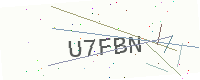
Text: U7FBN